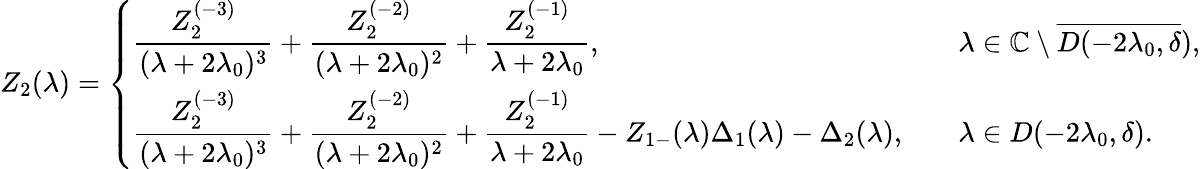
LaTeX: Z_{2}(\lambda)=\left\{ \begin{array}{ll}{\displaystyle\frac{Z_{2}^{(-3)}}{(\lambda+2\lambda_{0})^{3}}+\frac{Z_{2}^{(-2)}}{(\lambda+2\lambda_{0})^{2}}+\frac{Z_{2}^{(-1)}}{\lambda+2\lambda_{0}},}&{\quad\lambda\in\mathbb{C}\setminus\overline{{D(-2\lambda_{0},\delta}}),}\\ {\displaystyle\frac{Z_{2}^{(-3)}}{(\lambda+2\lambda_{0})^{3}}+\frac{Z_{2}^{(-2)}}{(\lambda+2\lambda_{0})^{2}}+\frac{Z_{2}^{(-1)}}{\lambda+2\lambda_{0}}-Z_{1-}(\lambda)\Delta_{1}(\lambda)-\Delta_{2}(\lambda),}&{\quad\lambda\in D(-2\lambda_{0},\delta).}\end{array}\right.